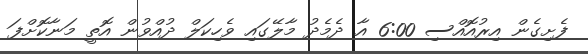
ފެށިގެން އިރުއޮއްސި 6:00 އާ ދެމެދު މާލޭގައި ވެހިކަލް ދުއްވުން އޮތީ މަނާކޮށްފަ